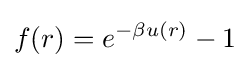
f(r)=e^{-\beta u(r)}-1